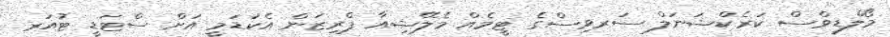
މޯލްޑިވްސް ކަރެކްޝަނަލް ސަރވިސްގެ ޓީމެއް މެލޭޝިއާ ޕްރިޒަން އެކަޑަމީ އަށް ސްޓަޑީ ޓުއަރ